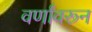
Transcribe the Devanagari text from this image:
वर्णांवरून